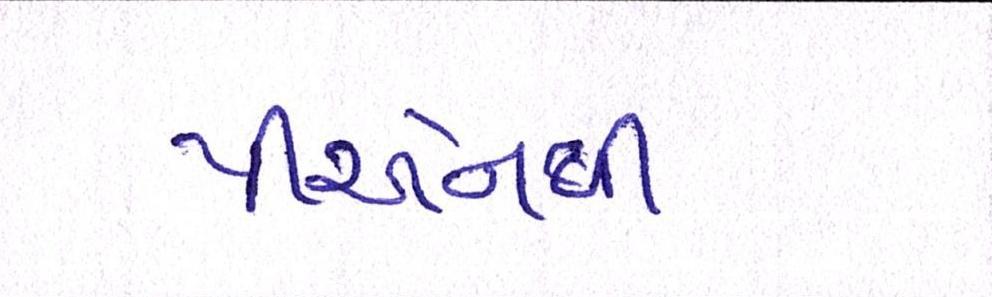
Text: પીએનબી